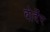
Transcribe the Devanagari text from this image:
बोर्देर